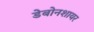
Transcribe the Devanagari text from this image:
डेबोनशायर